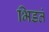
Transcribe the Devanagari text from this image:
भिडतं